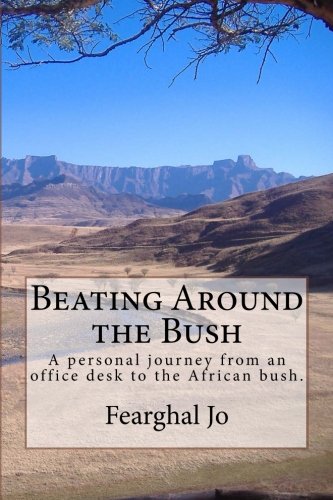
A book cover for Beating Around the Bush: A personal journey from an office desk to the African bush.; Fearghal Jo; Travel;